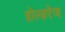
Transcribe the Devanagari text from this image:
होल्डरेज